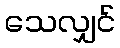
သေလျှင်